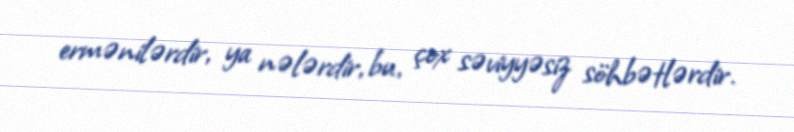
ermənilərdir, ya nələrdir, bu, çox səviyyəsiz söhbətlərdir.